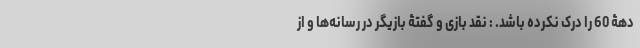
دهۀ 60 را درک نکرده باشد. : نقد بازی و گفتۀ بازیگر در رسانه‌ها و از